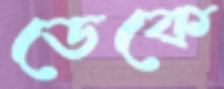
ডেকে